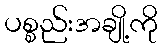
ပစ္စည်းအချို့ကို